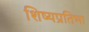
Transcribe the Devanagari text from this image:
शिष्यप्रतिभा